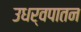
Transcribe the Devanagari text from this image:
उधर्वपातन